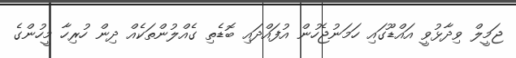
ޖަމީލް ވިދާޅުވީ އައްޑޫގައި ހަމަނުޖެހުން އުފައްދައި ބޮޑެތި ގެއްލުންތަކެއް ދިން ހުރިހާ މީހުންގެ